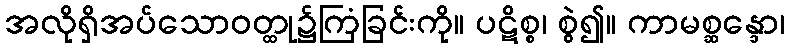
အလိုရှိအပ်သောဝတ္ထု၌ကြံခြင်းကို။ ပဋိစ္စ၊ စွဲ၍။ ကာမစ္ဆန္ဒော၊